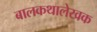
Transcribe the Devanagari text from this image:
बालकथालेखक